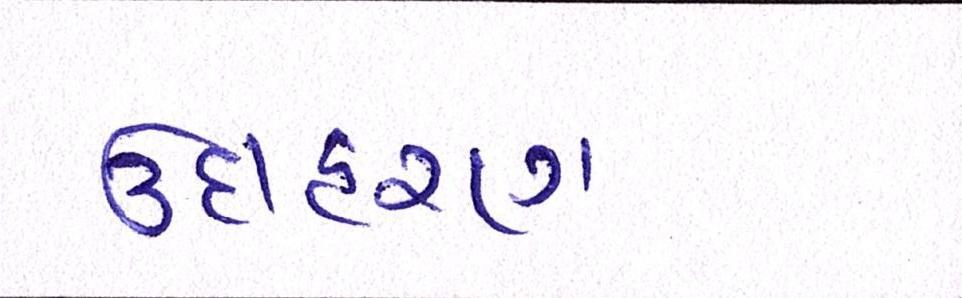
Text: ઉદાહરણ